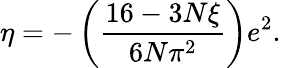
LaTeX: \eta=-\left(\frac{16-3N\xi}{6N\pi^{2}}\right)e^{2}.